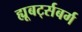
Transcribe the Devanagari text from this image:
ह्यूबर्ट्सबर्ग